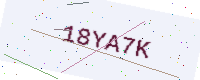
Text: 18YA7K